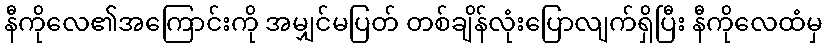
နီကိုလေ၏အကြောင်းကို အမျှင်မပြတ် တစ်ချိန်လုံးပြောလျက်ရှိပြီး နီကိုလေထံမှ